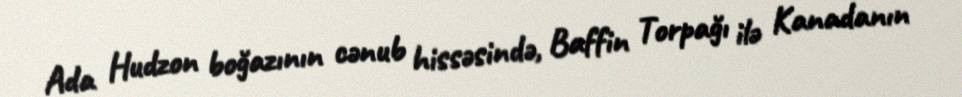
Ada Hudzon boğazının cənub hissəsində, Baffin Torpağı ilə Kanadanın